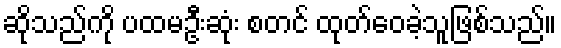
ဆိုသည်ကို ပထမဦးဆုံး စတင် ထုတ်ဝေခဲ့သူဖြစ်သည်။